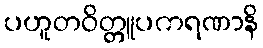
ပဟူတဝိတ္တူပကရဏာနိ